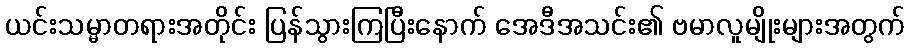
ယင်းသမ္မာတရားအတိုင်း ပြန်သွားကြပြီးနောက် အေဒီအသင်း၏ ဗမာလူမျိုးများအတွက်